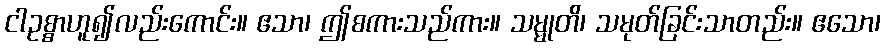
ငါဥစ္စာဟူ၍လည်းကောင်း။ ဧသာ၊ ဤစကားသည်ကား။ သမ္မုတိ၊ သမုတ်ခြင်းသာတည်း။ ဧသော၊